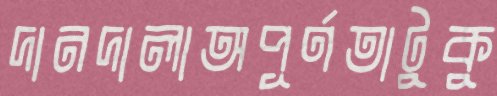
দানদালাঅপূর্ণতাটুকু